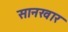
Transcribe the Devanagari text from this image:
सानखार